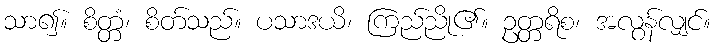
သာ၍။ စိတ္တံ၊ စိတ်သည်။ ပသာဒယိ၊ ကြည်ညို၏။ ဥတ္တရိစ၊ အလွန်လျှင်။